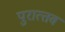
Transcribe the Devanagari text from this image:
पुरात्‍तव